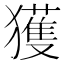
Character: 獲